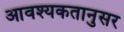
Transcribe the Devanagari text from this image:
आवश्यकतानुसर